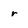
Character: r